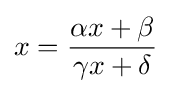
x={\frac {\alpha x+\beta }{\gamma x+\delta }}